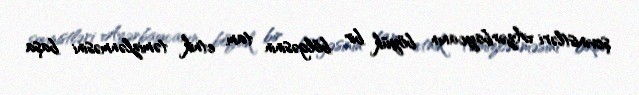
şovinistləri Azərbaycanın böyük bir bölgəsinin tam etnik təmizlənməsini başa